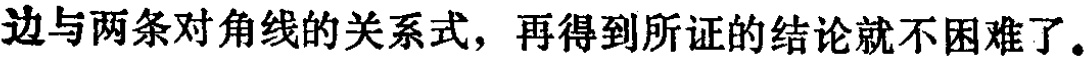
边与两条对角线的关系式，再得到所证的结论就不困难了。